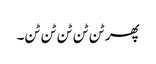
پھر ٹن ٹن ٹن ٹن ٹن۔